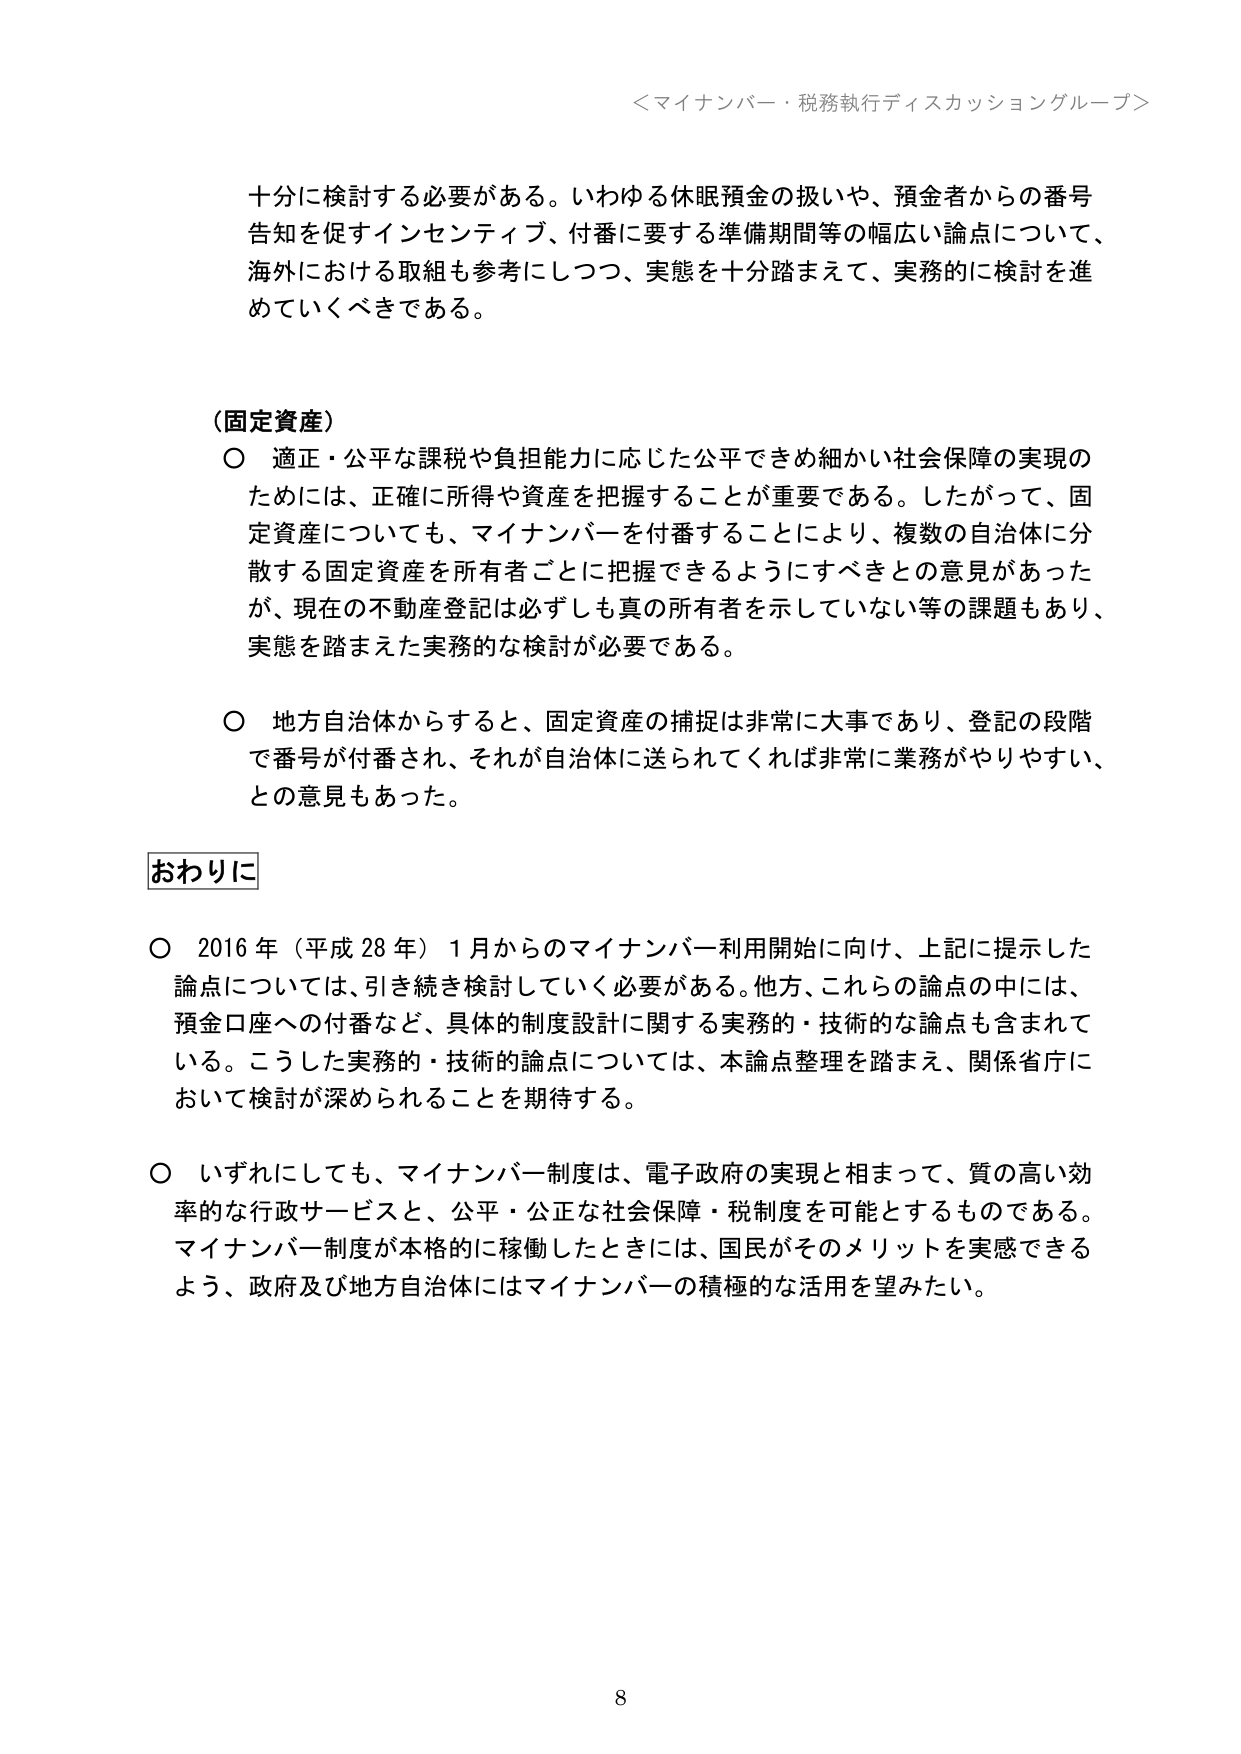
＜マイナンバー・税務執行ディスカッショングループ＞

十分に検討する必要がある。いわゆる休眠預金の扱いや、預金者からの番号告知を促すインセンティブ、付番に要する準備期間等の幅広い論点について、海外における取組も参考にしつつ、実態を十分踏まえて、実務的に検討を進めていくべきである。

（固定資産）
〇 適正・公平な課税や負担能力に応じた公平できめ細かい社会保障の実現のためには、正確に所得や資産を把握することが重要である。したがって、固定資産についても、マイナンバーを付番することにより、複数の自治体に分散する固定資産を所有者ごとに把握できるようにすべきとの意見があったが、現在の不動産登記は必ずしも真の所有者を示していない等の課題もあり、実態を踏まえた実務的な検討が必要である。

〇 地方自治体からすると、固定資産の捕捉は非常に大事であり、登記の段階で番号が付番され、それが自治体に送られてくれば非常に業務がやりやすい、との意見もあった。

おわりに

〇 2016年（平成28年）1月からのマイナンバー利用開始に向け、上記に提示した論点については、引き続き検討していく必要がある。他方、これらの論点の中には、預金口座への付番など、具体的制度設計に関する実務的・技術的な論点も含まれている。こうした実務的・技術的論点については、本論点整理を踏まえ、関係省庁において検討が深められることを期待する。

〇 いずれにしても、マイナンバー制度は、電子政府の実現と相まって、質の高い効率的な行政サービスと、公平・公正な社会保障・税制度を可能とするものである。マイナンバー制度が本格的に稼働したときには、国民がそのメリットを実感できるよう、政府及び地方自治体にはマイナンバーの積極的な活用を望みたい。

8